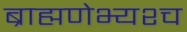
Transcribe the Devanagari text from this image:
ब्राह्मणेभ्यश्च